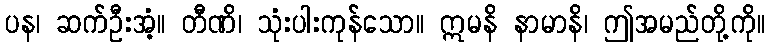
ပန၊ ဆက်ဦးအံ့။ တီဏိ၊ သုံးပါးကုန်သော။ ဣမနိ နာမာနိ၊ ဤအမည်တို့ကို။